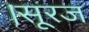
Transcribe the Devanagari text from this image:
।सूरज